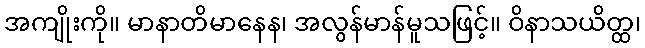
အကျိုးကို။ မာနာတိမာနေန၊ အလွန်မာန်မူသဖြင့်။ ဝိနာသယိတ္ထ၊